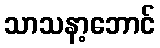
သာသနာ့ဘောင်